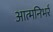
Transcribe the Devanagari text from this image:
आत्मनिभर्र